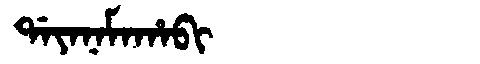
Manchu: ᡩᠠᠶᠠᠨᠠᠮᠠᡥᠠᠪᡳ
Romanization: DAYANAMAHABI